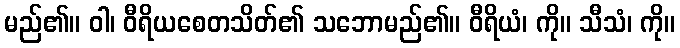
မည်၏။ ဝါ၊ ဝီရိယစေတသိတ်၏ သဘောမည်၏။ ဝီရိယံ၊ ကို။ သီသံ၊ ကို။